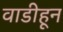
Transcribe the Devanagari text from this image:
वाडीहून